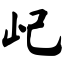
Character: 屺